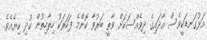
އަޅުގަނޑަކީވެސް އާދައިގެ ދިވެއްސަކަށް ވާތީ ބަރުވާ ކޮންމެ ފަހަރަކު ހިތާހިތުން ކުދި ކިޔެއެވެ.